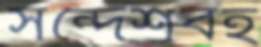
সন্দেশবহ